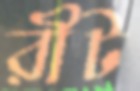
রীট